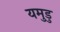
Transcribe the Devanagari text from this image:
यमुडु